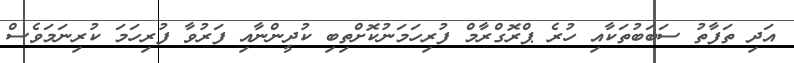
އަދި ތަފާތު ސަބަބުތަކާއި ހުރެ ޕްރޮގްރާމް ފުރިހަމަނުކޮށްތިބި ކުދީންނާއި ފަރުވާ ފުރިހަމަ ކުރިނަމަވެސް